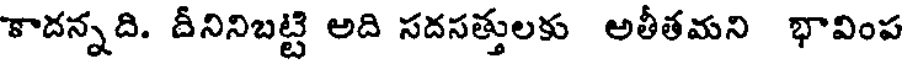
కాదన్నది. దీనినిబట్టి అది సదసత్తులకు అతీతమని భావింప